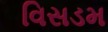
વિસડમ